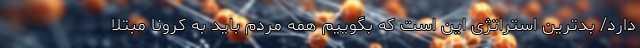
دارد/ بدترین استراتژی این است که بگوییم همه مردم باید به کرونا مبتلا